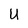
Character: U